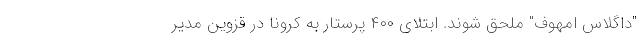
"داگلاس امهوف" ملحق شوند. ابتلای ۴۰۰ پرستار به کرونا در قزوین مدیر